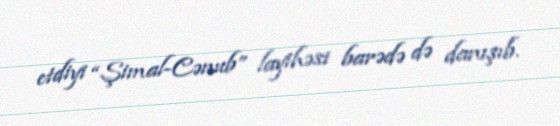
etdiyi “Şimal-Cənub” layihəsi barədə də danışıb.